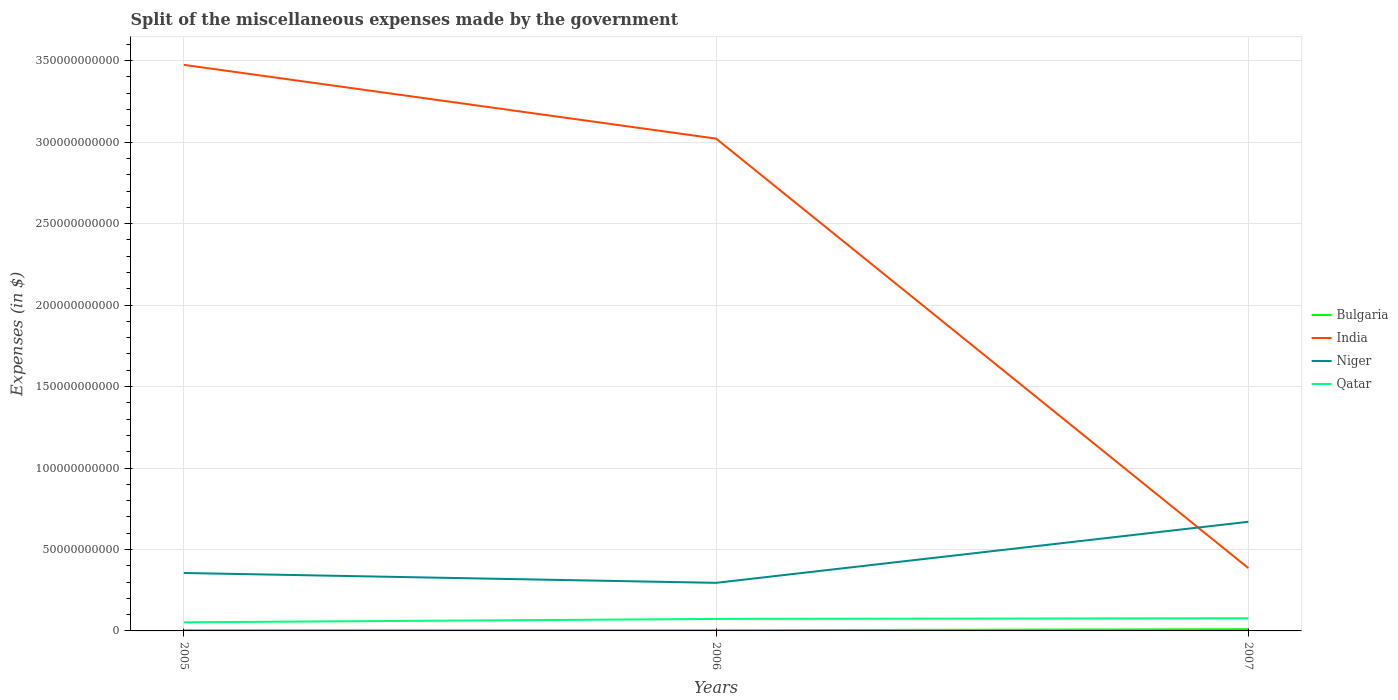
| Years | Bulgaria | India | Niger | Qatar |
 | --- | --- | --- | --- | --- |
 | 2005 | 4.53e+08 | 3.47e+11 | 3.56e+10 | 5.28e+09 |
 | 2006 | 4.12e+08 | 3.02e+11 | 2.95e+10 | 7.35e+09 |
 | 2007 | 1.05e+09 | 3.86e+10 | 6.7e+10 | 7.78e+09 |